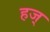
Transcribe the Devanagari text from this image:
हज्